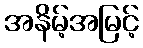
အနိမ့်အမြင့်